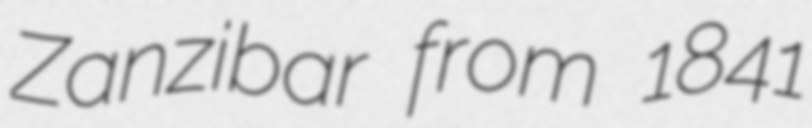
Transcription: Zanzibar from 1841